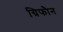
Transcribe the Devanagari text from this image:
ग्रिफौन